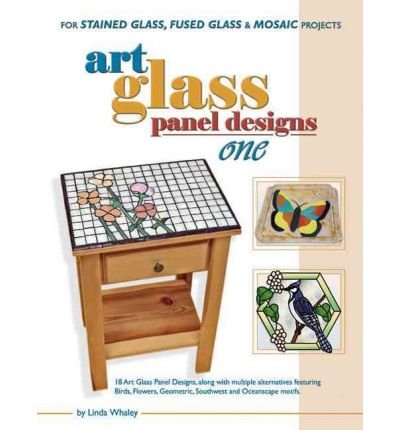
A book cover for Art Glass Panels Designs: No. 1: For Stained Glass, Fused Glass and Mosaic Projects (Paperback) - Common; By (author) Linda Whaley; Arts & Photography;